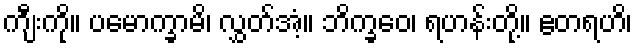
ကျီးကို။ ပမောက္ခာမိ၊ လွှတ်အံ့။ ဘိက္ခဝေ၊ ရဟန်းတို့။ ဧတရဟိ၊